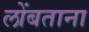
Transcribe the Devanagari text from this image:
लोंबताना